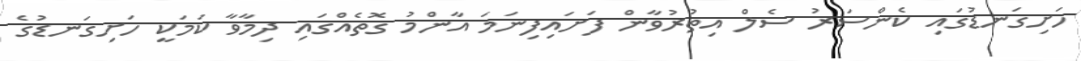
ހަށިގަނޑުގައި ކެންސަރު ސެލް އިތުރުވާން ފަށައިފިނަމަ އާންމު ގޮތެއްގައި ދިމާވާ ކަމަަކީ ހަށިގަނޑުގެ